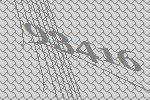
93416